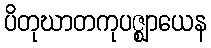
ပိတုဃာတကုပဇ္ဈာယေန